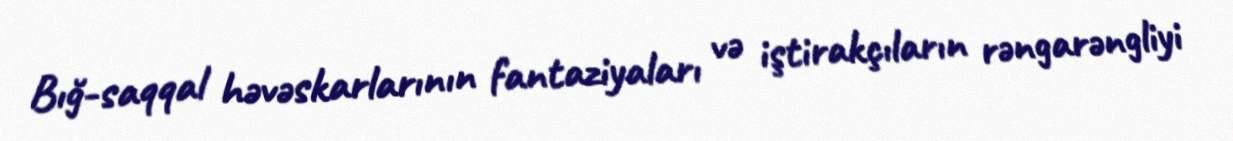
Bığ-saqqal həvəskarlarının fantaziyaları və iştirakçıların rəngarəngliyi